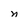
Character: n